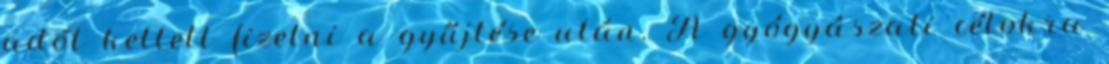
adót kellett fizetni a gyűjtése után. A gyógyászati célokra